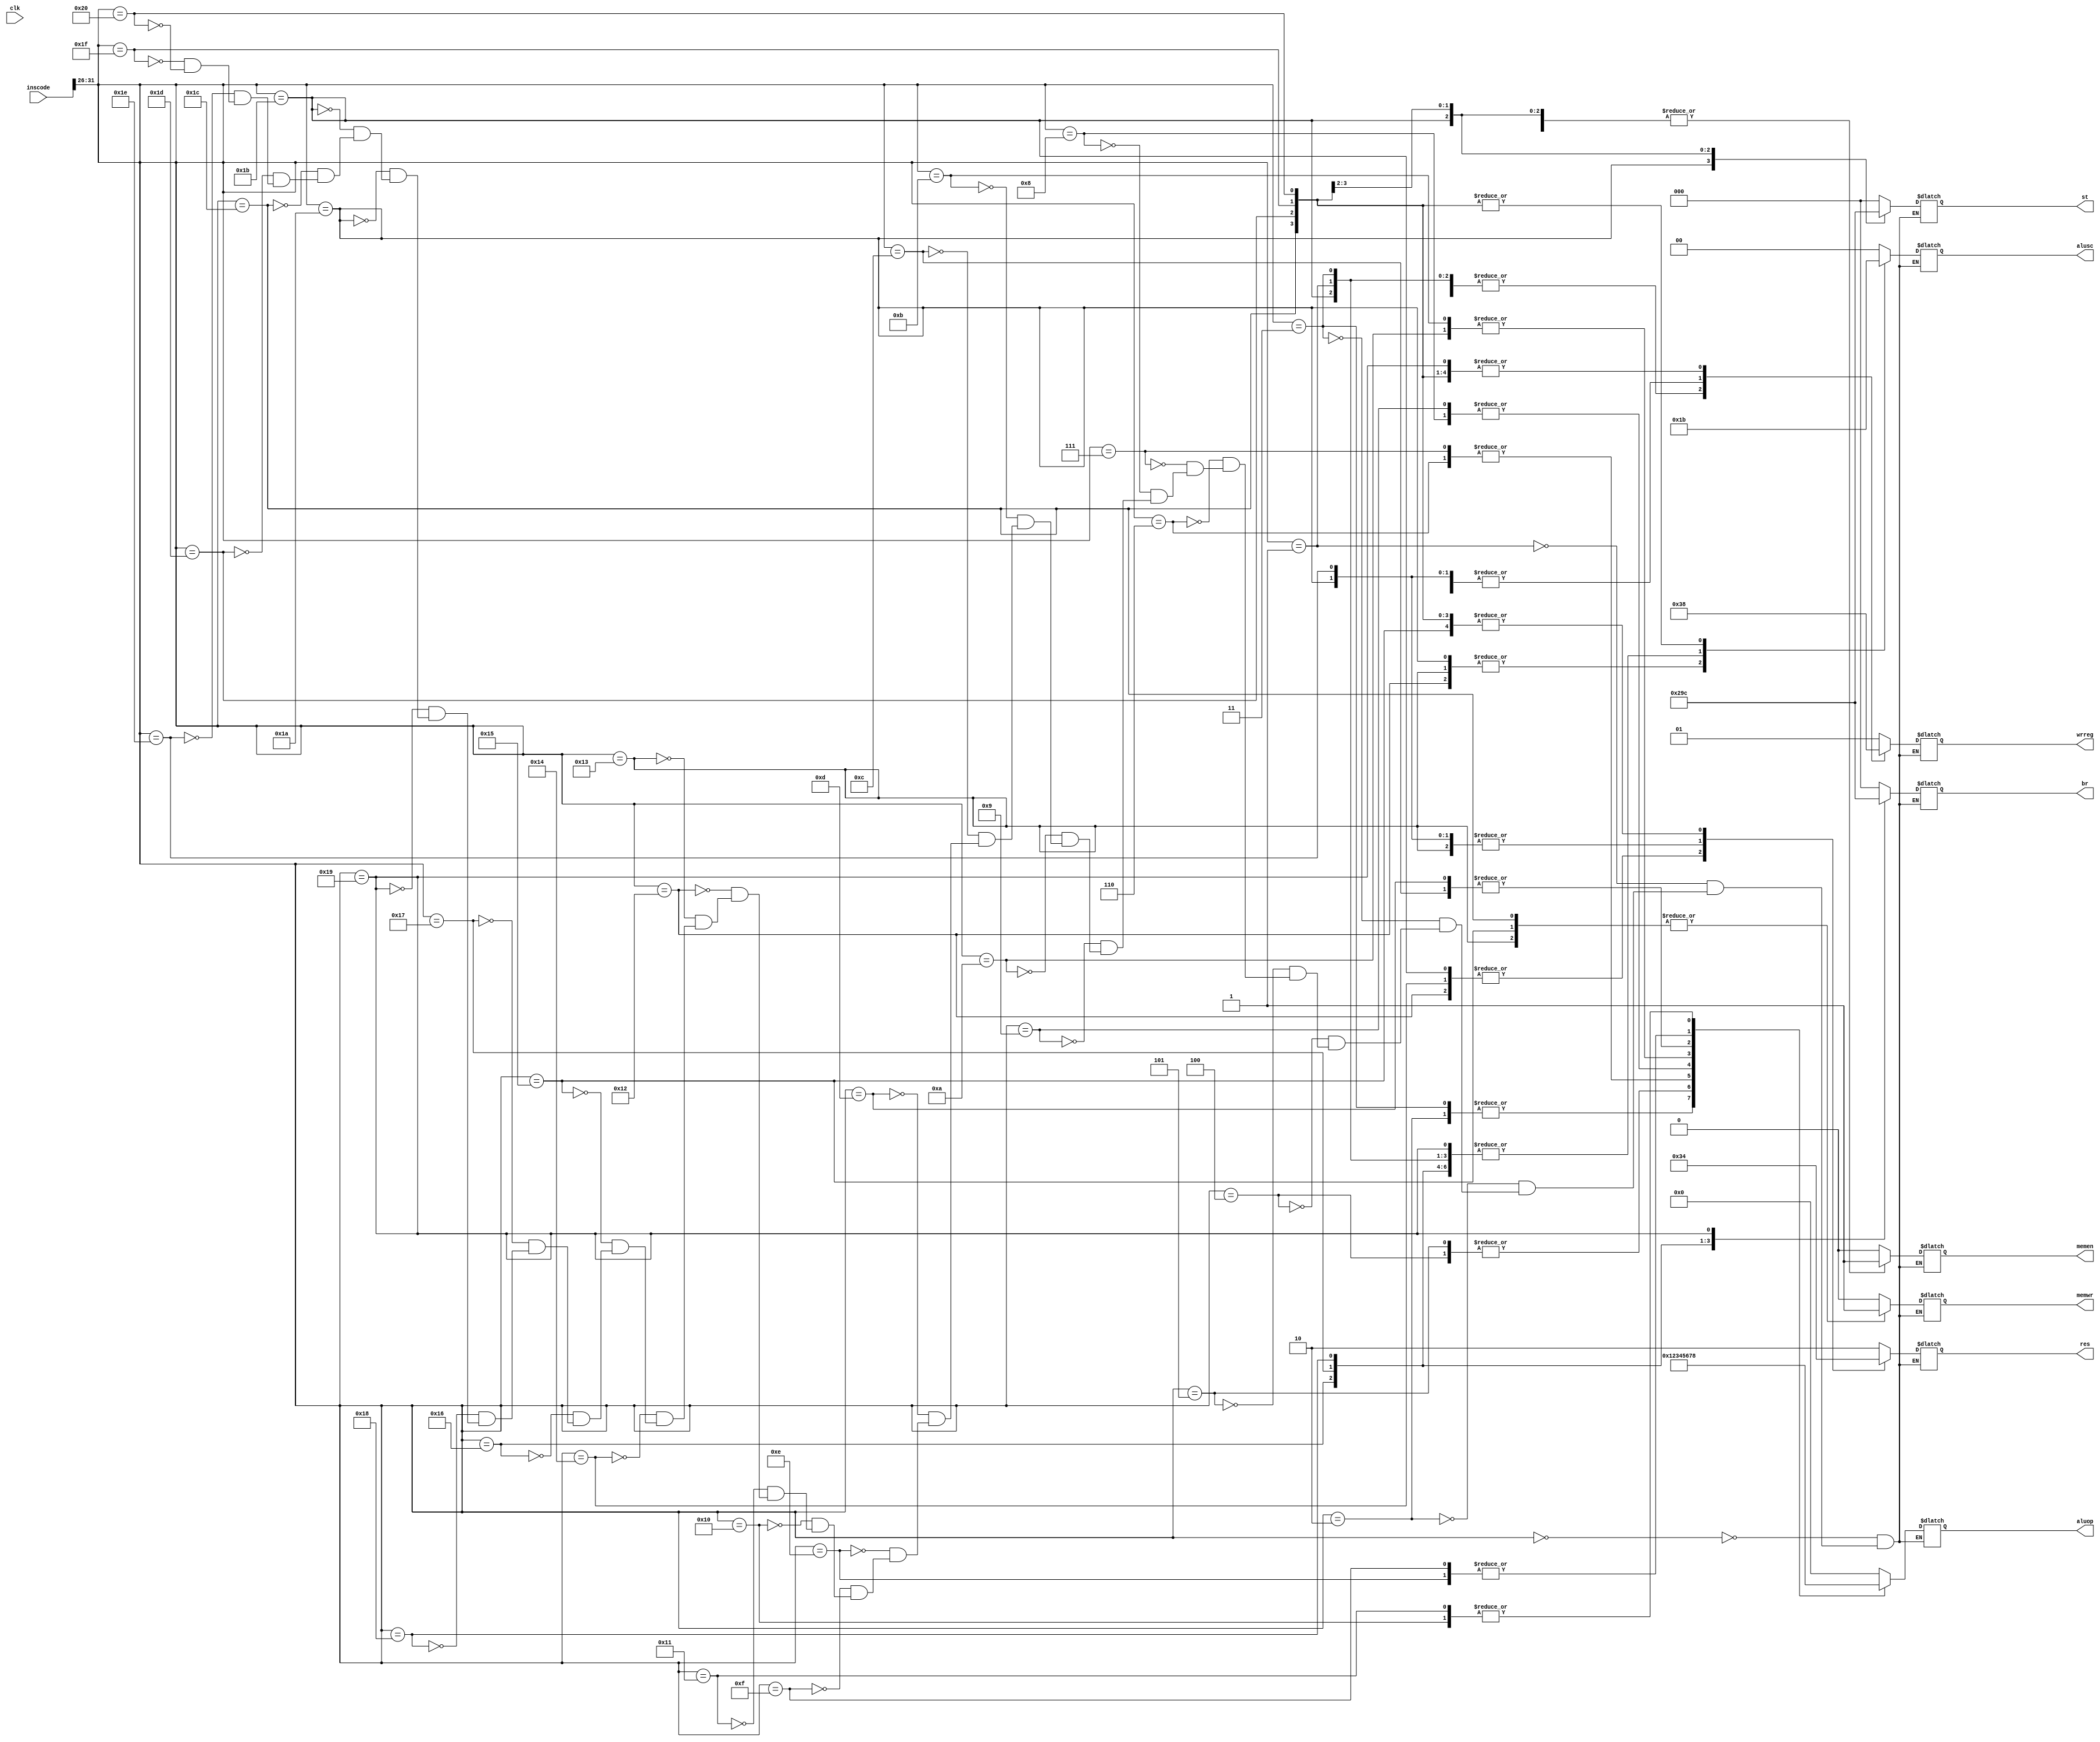
module ControlUnit (
    inscode,
    aluop,
    alusc,
    wrreg,
    memwr,
    memen,
    res,
    br,
    st,
    clk
);
  input [31:0] inscode;
  output reg [3:0] aluop;
  output reg memwr, memen;
  output reg [2:0] br, st;
  output reg [1:0] alusc, wrreg, res;
  input clk;

  always @(inscode) begin
    case (inscode[31:26])
      0: begin
        aluop <= 0;
        alusc <= 0;
        wrreg <= 1;
        memwr <= 0;
        memen <= 0;
        res <= 2;
        br <= 0;
        st <= 0;
      end
      1: begin
        aluop <= 0;
        alusc <= 2;
        wrreg <= 3;
        memwr <= 0;
        memen <= 0;
        res <= 2;
        br <= 0;
        st <= 0;
      end
      2: begin
        aluop <= 1;
        alusc <= 0;
        wrreg <= 1;
        memwr <= 0;
        memen <= 0;
        res <= 2;
        br <= 0;
        st <= 0;
      end
      3: begin
        aluop <= 1;
        alusc <= 2;
        wrreg <= 3;
        memwr <= 0;
        memen <= 0;
        res <= 2;
        br <= 0;
        st <= 0;
      end
      4: begin
        aluop <= 2;
        alusc <= 0;
        wrreg <= 1;
        memwr <= 0;
        memen <= 0;
        res <= 2;
        br <= 0;
        st <= 0;
      end
      5: begin
        aluop <= 2;
        alusc <= 2;
        wrreg <= 3;
        memwr <= 0;
        memen <= 0;
        res <= 2;
        br <= 0;
        st <= 0;
      end
      6: begin
        aluop <= 3;
        alusc <= 0;
        wrreg <= 1;
        memwr <= 0;
        memen <= 0;
        res <= 2;
        br <= 0;
        st <= 0;
      end
      7: begin
        aluop <= 3;
        alusc <= 2;
        wrreg <= 3;
        memwr <= 0;
        memen <= 0;
        res <= 2;
        br <= 0;
        st <= 0;
      end
      8: begin
        aluop <= 4;
        alusc <= 0;
        wrreg <= 1;
        memwr <= 0;
        memen <= 0;
        res <= 2;
        br <= 0;
        st <= 0;
      end
      9: begin
        aluop <= 4;
        alusc <= 2;
        wrreg <= 3;
        memwr <= 0;
        memen <= 0;
        res <= 2;
        br <= 0;
        st <= 0;
      end
      10: begin
        aluop <= 5;
        alusc <= 0;
        wrreg <= 1;
        memwr <= 0;
        memen <= 0;
        res <= 2;
        br <= 0;
        st <= 0;
      end
      11: begin
        aluop <= 5;
        alusc <= 2;
        wrreg <= 3;
        memwr <= 0;
        memen <= 0;
        res <= 2;
        br <= 0;
        st <= 0;
      end
      12: begin
        aluop <= 6;
        alusc <= 0;
        wrreg <= 1;
        memwr <= 0;
        memen <= 0;
        res <= 2;
        br <= 0;
        st <= 0;
      end
      13: begin
        aluop <= 6;
        alusc <= 2;
        wrreg <= 3;
        memwr <= 0;
        memen <= 0;
        res <= 2;
        br <= 0;
        st <= 0;
      end
      14: begin
        aluop <= 7;
        alusc <= 0;
        wrreg <= 1;
        memwr <= 0;
        memen <= 0;
        res <= 2;
        br <= 0;
        st <= 0;
      end
      15: begin
        aluop <= 7;
        alusc <= 2;
        wrreg <= 3;
        memwr <= 0;
        memen <= 0;
        res <= 2;
        br <= 0;
        st <= 0;
      end
      16: begin
        aluop <= 8;
        alusc <= 0;
        wrreg <= 1;
        memwr <= 0;
        memen <= 0;
        res <= 2;
        br <= 0;
        st <= 0;
      end
      17: begin
        aluop <= 8;
        alusc <= 2;
        wrreg <= 3;
        memwr <= 0;
        memen <= 0;
        res <= 2;
        br <= 0;
        st <= 0;
      end
      18: begin
        aluop <= 0;
        alusc <= 1;
        wrreg <= 2;
        memwr <= 0;
        memen <= 1;
        res <= 3;
        br <= 0;
        st <= 0;
      end
      19: begin
        aluop <= 0;
        alusc <= 1;
        wrreg <= 0;
        memwr <= 1;
        memen <= 1;
        res <= 1;
        br <= 0;
        st <= 0;
      end
      20: begin
        aluop <= 0;
        alusc <= 2;
        wrreg <= 2;
        memwr <= 0;
        memen <= 1;
        res <= 3;
        br <= 0;
        st <= 0;
      end
      21: begin
        aluop <= 0;
        alusc <= 2;
        wrreg <= 0;
        memwr <= 1;
        memen <= 1;
        res <= 0;
        br <= 0;
        st <= 0;
      end
      22: begin
        aluop <= 0;
        alusc <= 2;
        wrreg <= 0;
        memwr <= 0;
        memen <= 0;
        res <= 2;
        br <= 1;
        st <= 0;
      end
      23: begin
        aluop <= 0;
        alusc <= 2;
        wrreg <= 0;
        memwr <= 0;
        memen <= 0;
        res <= 2;
        br <= 2;
        st <= 0;
      end
      24: begin
        aluop <= 0;
        alusc <= 2;
        wrreg <= 0;
        memwr <= 0;
        memen <= 0;
        res <= 2;
        br <= 3;
        st <= 0;
      end
      25: begin
        aluop <= 0;
        alusc <= 2;
        wrreg <= 0;
        memwr <= 0;
        memen <= 0;
        res <= 2;
        br <= 4;
        st <= 0;
      end
      26: begin
        aluop <= 0;
        alusc <= 1;
        wrreg <= 2;
        memwr <= 0;
        memen <= 0;
        res <= 1;
        br <= 0;
        st <= 1;
      end
      27: begin
        aluop <= 0;
        alusc <= 2;
        wrreg <= 3;
        memwr <= 0;
        memen <= 1;
        res <= 3;
        br <= 0;
        st <= 2;
      end
      28: begin
        aluop <= 0;
        alusc <= 3;
        wrreg <= 0;
        memwr <= 1;
        memen <= 1;
        res <= 0;
        br <= 0;
        st <= 3;
      end
      29: begin
        aluop <= 0;
        alusc <= 3;
        wrreg <= 0;
        memwr <= 0;
        memen <= 1;
        res <= 0;
        br <= 0;
        st <= 4;
      end
      30: begin
        aluop <= 0;
        alusc <= 0;
        wrreg <= 2;
        memwr <= 0;
        memen <= 0;
        res <= 1;
        br <= 0;
        st <= 0;
      end
      31: begin
        aluop <= 0;
        alusc <= 3;
        wrreg <= 0;
        memwr <= 0;
        memen <= 0;
        res <= 0;
        br <= 0;
        st <= 0;
      end
      32: begin
        aluop <= 0;
        alusc <= 3;
        wrreg <= 0;
        memwr <= 0;
        memen <= 0;
        res <= 0;
        br <= 0;
        st <= 0;
      end
    endcase
  end
endmodule